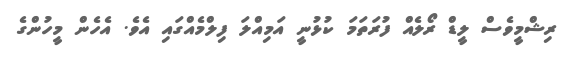
ރިޝްމީވެސް ލީޑް ރޯލެއް ފުރަތަމަ ކުޅުނީ އަމިއްލަ ފިލްމެއްގައި އެވެ. އެހެން މީހުންގެ